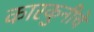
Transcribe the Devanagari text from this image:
कारकुनीचें